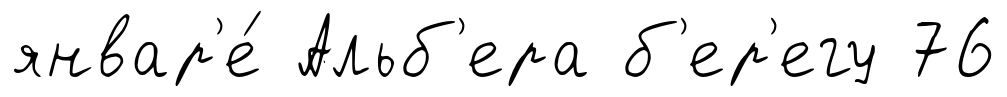
январ'е́ Альб'ера б'ер'егу 76